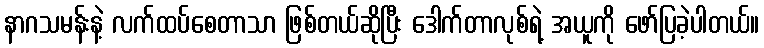
နာဂသမန်းနဲ့ လက်ထပ်စေတာသာ ဖြစ်တယ်ဆိုပြီး ဒေါက်တာလုစ်ရဲ့ အယူကို ဖော်ပြခဲ့ပါတယ်။